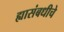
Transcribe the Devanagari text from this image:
ह्यासंबधीचे